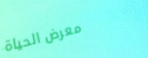
معرض الحياة